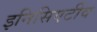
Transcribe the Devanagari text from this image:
इनिसिएटीव